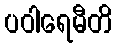
ပဝါရေမီတိ